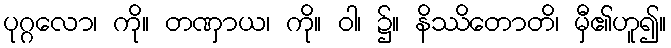
ပုဂ္ဂလော၊ ကို။ တဏှာယ၊ ကို။ ဝါ၊ ၌။ နိဿိတောတိ၊ မှီ၏ဟူ၍။